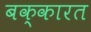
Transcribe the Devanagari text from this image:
बक्कारत